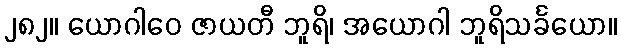
၂၈၂။ ယောဂါဝေ ဇာယတီ ဘူရိ၊ အယောဂါ ဘူရိသင်္ခယော။